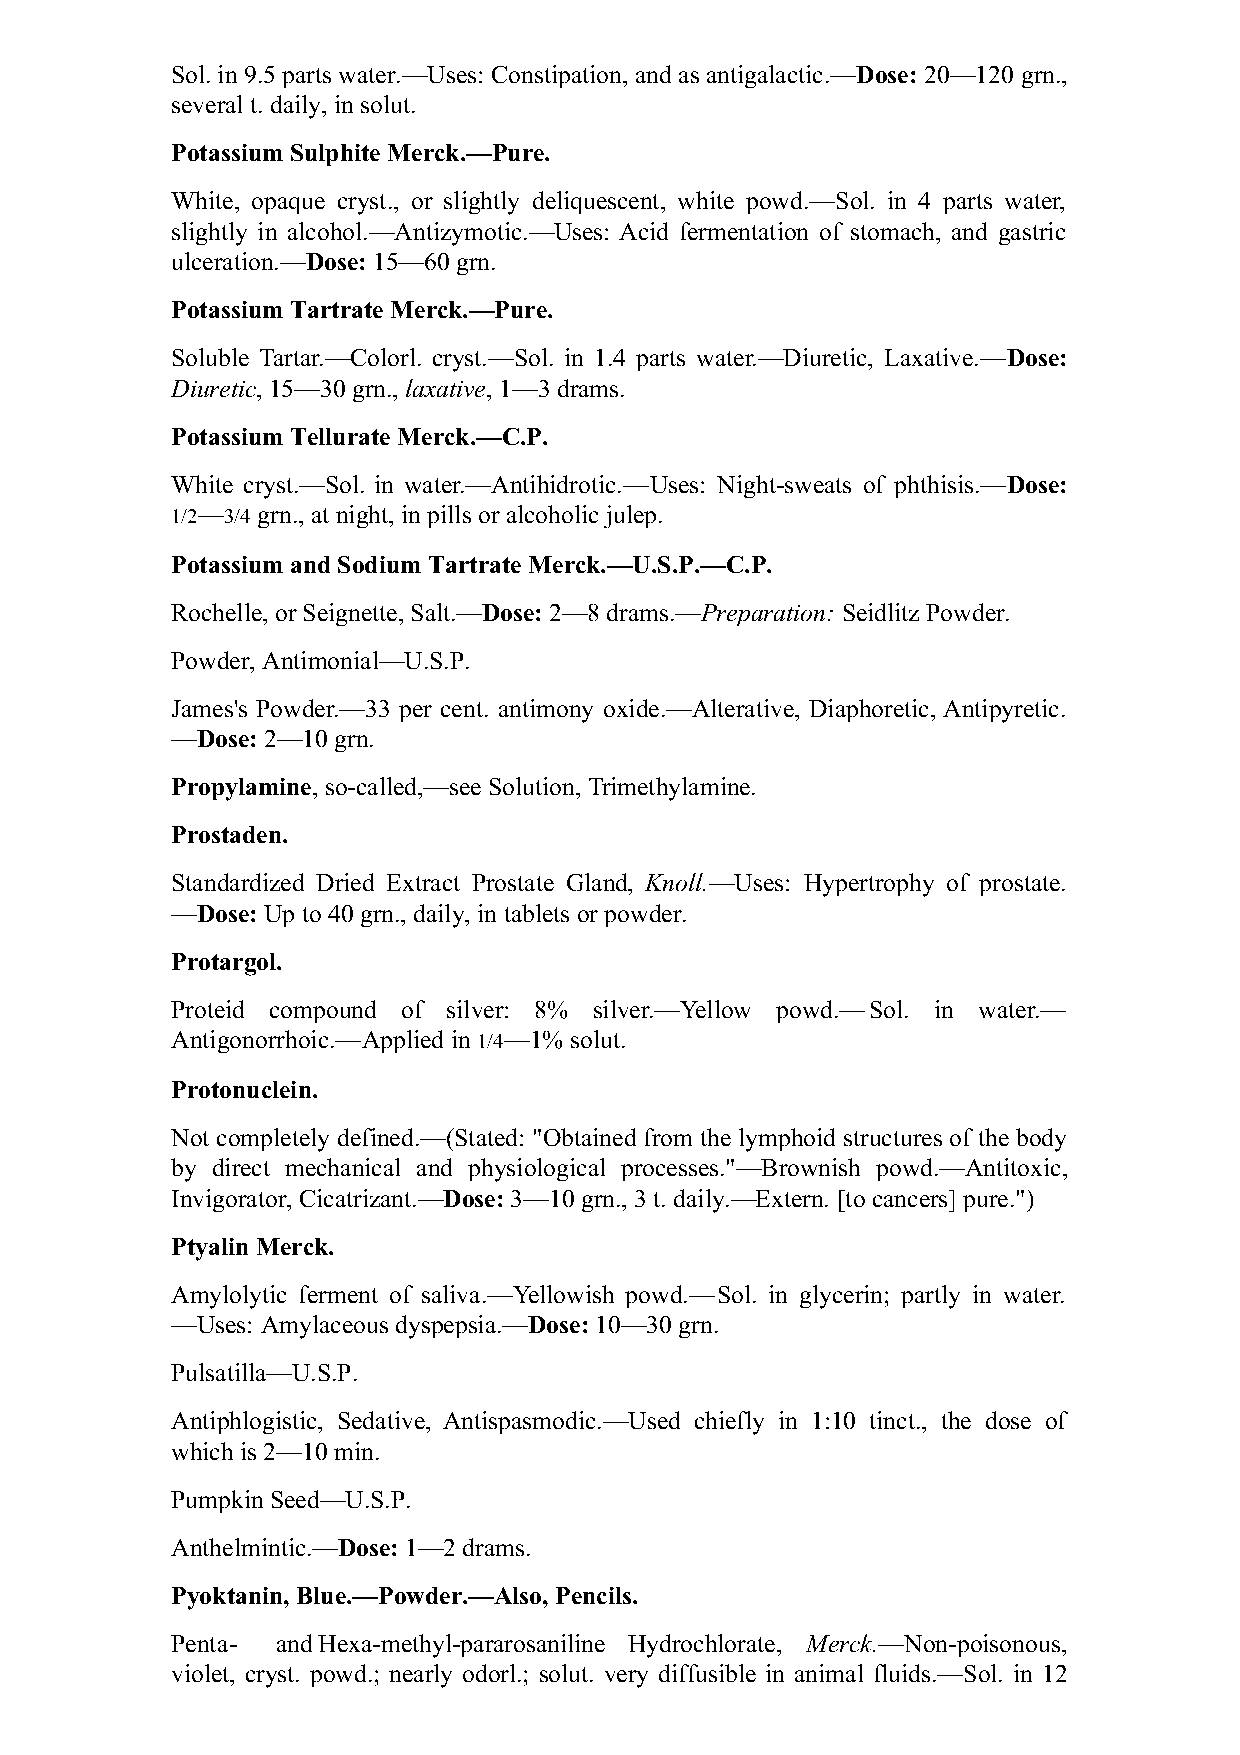
Sol. in 9.5 parts water.—Uses: Constipation, and as antigalactic.—Dose: 20—120 grn.,
 several t. daily, in solut.
 Potassium Sulphite Merck.—Pure.
 White, opaque cryst., or slightly deliquescent, white powd.—Sol. in 4 parts water,
 slightly in alcohol.—Antizymotic.—Uses: Acid fermentation of stomach, and gastric
 ulceration.—Dose: 15—60 grn.
 Potassium Tartrate Merck.—Pure.
 Soluble Tartar.—Colorl. cryst.—Sol. in 1.4 parts water.—Diuretic, Laxative.—Dose:
 Diuretic, 15—30 grn., laxative, 1—3 drams.
 Potassium Tellurate Merck.—C.P.
 White cryst.—Sol. in water.—Antihidrotic.—Uses: Night-sweats of phthisis.—Dose:
 1/2—3/4 grn., at night, in pills or alcoholic julep.
 Potassium and Sodium Tartrate Merck.—U.S.P.—C.P.
 Rochelle, or Seignette, Salt.—Dose: 2—8 drams.—Preparation: Seidlitz Powder.
 Powder, Antimonial—U.S.P.
 James's Powder.—33 per cent. antimony oxide.—Alterative, Diaphoretic, Antipyretic.
 —Dose: 2—10 grn.
 Propylamine, so-called,—see Solution, Trimethylamine.
 Prostaden.
 Standardized Dried Extract Prostate Gland, Knoll.—Uses: Hypertrophy of prostate.
 —Dose: Up to 40 grn., daily, in tablets or powder.
 Protargol.
 Proteid compound of silver: 8% silver.—Yellow powd.—Sol. in water.—
 Antigonorrhoic.—Applied in 1/4—1% solut.
 Protonuclein.
 Not completely defined.—(Stated: "Obtained from the lymphoid structures of the body
 by direct mechanical and physiological processes."—Brownish powd.—Antitoxic,
 Invigorator, Cicatrizant.—Dose: 3—10 grn., 3 t. daily.—Extern. [to cancers] pure.")
 Ptyalin Merck.
 Amylolytic ferment of saliva.—Yellowish powd.—Sol. in glycerin; partly in water.
 —Uses: Amylaceous dyspepsia.—Dose: 10—30 grn.
 Pulsatilla—U.S.P.
 Antiphlogistic, Sedative, Antispasmodic.—Used chiefly in 1:10 tinct., the dose of
 which is 2—10 min.
 Pumpkin Seed—U.S.P.
 Anthelmintic.—Dose: 1—2 drams.
 Pyoktanin, Blue.—Powder.—Also, Pencils.
 Penta- and Hexa-methyl-pararosaniline Hydrochlorate, Merck.—Non-poisonous,
 violet, cryst. powd.; nearly odorl.; solut. very diffusible in animal fluids.—Sol. in 12